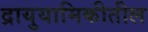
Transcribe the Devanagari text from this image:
द्रायुयामिकीतील